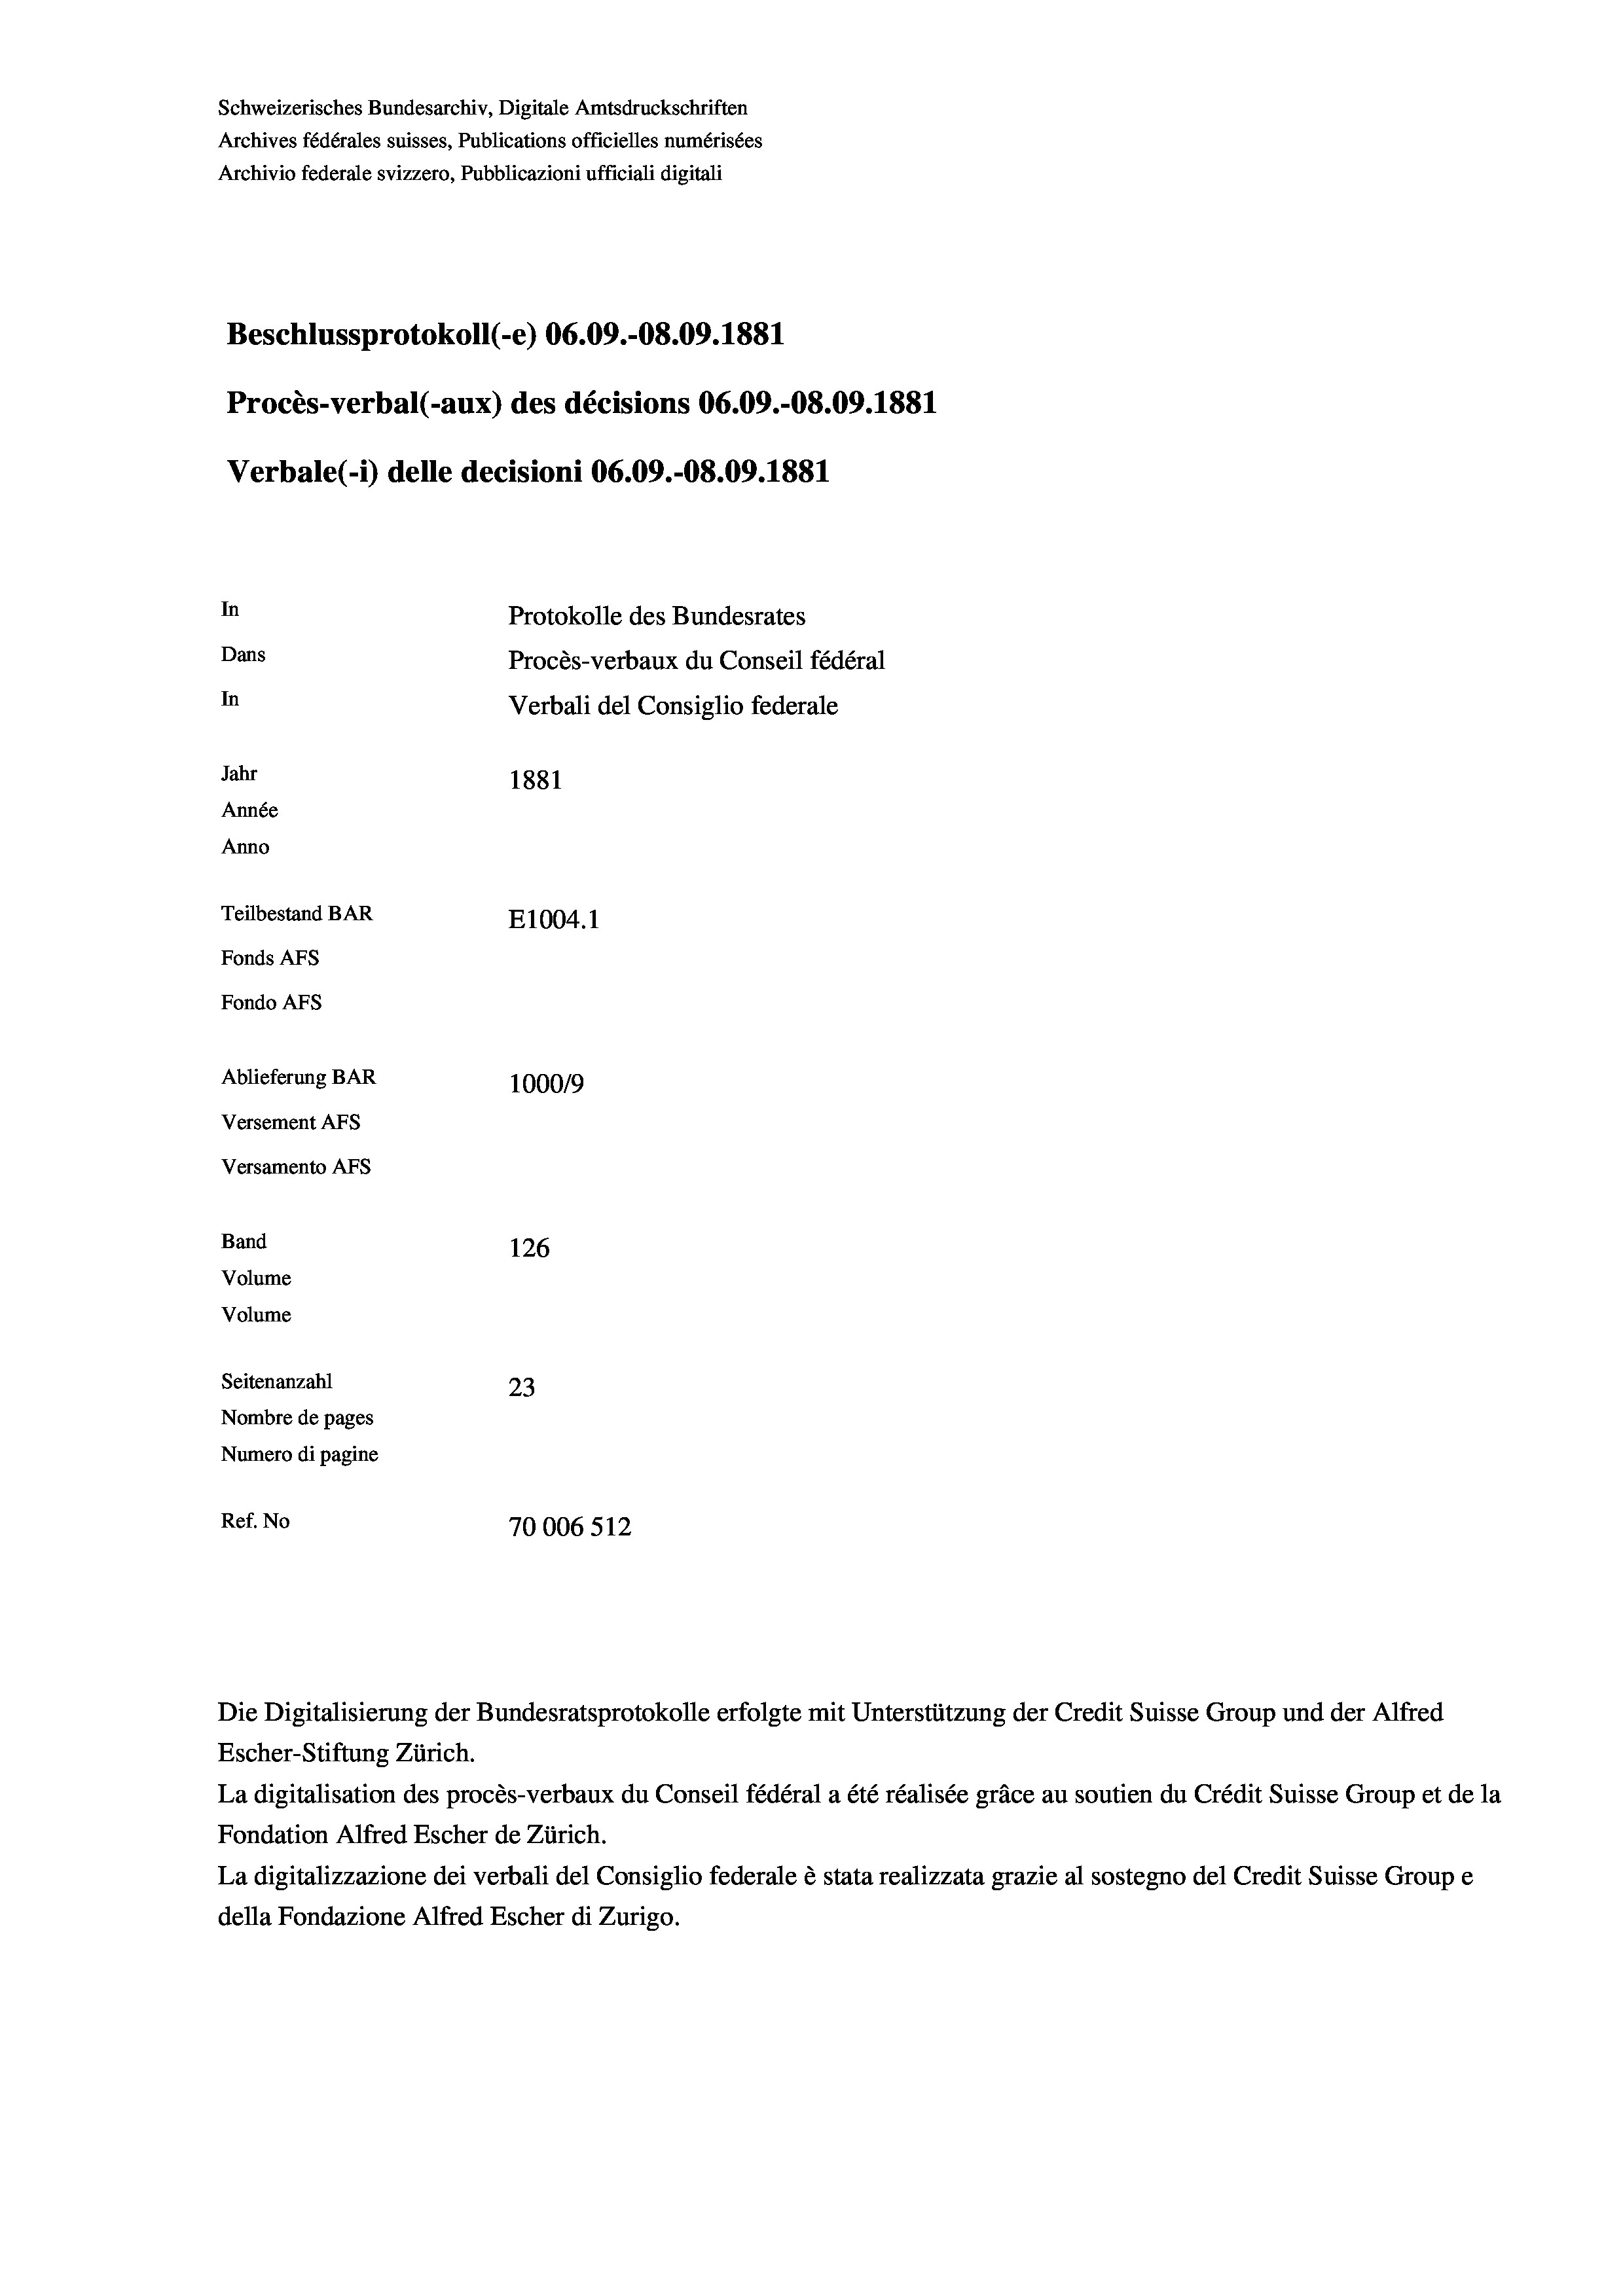
Schweizerisches Bundesarchiv, Digitale Amtsdruckschriften
Archives fédérales suisses, Publications officielles numérisées
Archivio federale svizzero, Pubblicazioni ufficiali digitali
Beschlussprotokoll (-e) 06.09.-08.09. 1881
Procès-verbal (-aux) des décisions 06.09.-08.09. 1881
Verbale (- 1) delle decisioni 06.09.-08.09. 1881
In
Protokolle des Bundesrates
Dans
Procès-verbaux du Conseil fédéral
In
Verbali del Consiglio federale
Jahr
1881
Année
Anno
Teilbestand BAR
E1004.1
Fonds AFs
Fondo Afs
Ablieferung BAR
100019
Versement AFs
Versamento AFs
Band
126
Volume
Volume
Seitenanzahl
23
Nombre de pages
Numero di pagine
Ref. No
70006 512

Die Digitalisierung der Bundesratsprotokolle erfolgte mit Unterstützung der Credit Suisse Group und der Alfred
Escher-Stiftung Zürich.
La digitalisation des procès-verbaux du Conseil fédéral a été réalisée gräce au soutien du Crédit Suisse Group et de la
Fondation Alfred Escher de Zürich.
La digitalizzazione dei verbali del Consiglio federale è stata realizzata grazie al sostegno del Credit Suisse Groupe
della Fondazione Alfred Escher di Zurigo.